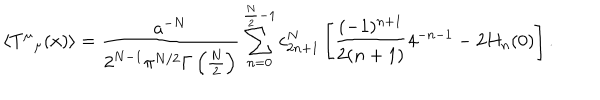
LaTeX: \left< T ^ { \mu } { } _ { \mu } ( x ) \right> = { \frac { a ^ { - N } } { 2 ^ { N - 1 } \pi ^ { N / 2 } \Gamma \left( \frac N 2 \right) } } \sum _ { n = 0 } ^ { \frac N 2 - 1 } c _ { 2 n + 1 } ^ { N } \left[ \frac { ( - 1 ) ^ { n + 1 } } { 2 ( n + 1 ) } 4 ^ { - n - 1 } - 2 H _ { n } ( 0 ) \right] .